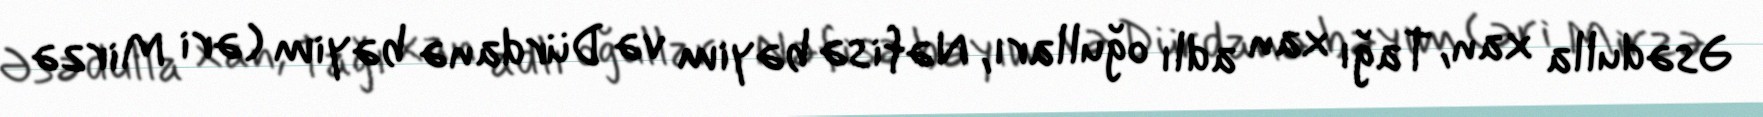
Əsədulla xan, Tağı xan adlı oğulları, Nəfisə bəyim və Dürdanə bəyim (əri Mirzə